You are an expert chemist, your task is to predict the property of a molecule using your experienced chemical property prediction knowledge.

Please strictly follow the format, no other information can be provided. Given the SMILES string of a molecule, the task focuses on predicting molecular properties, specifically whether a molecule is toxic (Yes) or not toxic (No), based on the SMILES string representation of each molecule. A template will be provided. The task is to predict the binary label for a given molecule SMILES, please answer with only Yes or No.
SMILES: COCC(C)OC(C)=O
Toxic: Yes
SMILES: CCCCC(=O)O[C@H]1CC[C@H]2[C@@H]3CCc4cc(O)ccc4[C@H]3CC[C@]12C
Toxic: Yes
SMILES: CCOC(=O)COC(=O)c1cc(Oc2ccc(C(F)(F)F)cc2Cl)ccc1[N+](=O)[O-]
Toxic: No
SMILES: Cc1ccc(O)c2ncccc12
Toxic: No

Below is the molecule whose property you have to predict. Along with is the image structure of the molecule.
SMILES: CC(=O)c1c(C)cc(C(C)(C)C)cc1C
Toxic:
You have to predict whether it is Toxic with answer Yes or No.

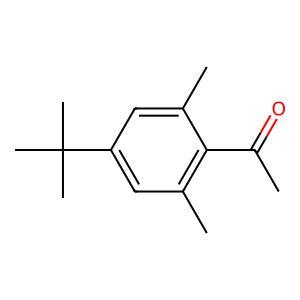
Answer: No